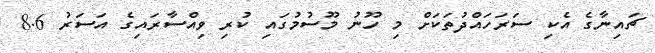
ޗައިނާގެ އެކި ސަރަހައްދުތަކަށް މި ހޫނު މޫސުމުގައި ކުރި ވިއްސާރައިގެ އަސަރު 8.6